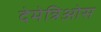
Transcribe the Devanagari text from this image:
देमेत्रिओस